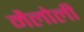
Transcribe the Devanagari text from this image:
मैलोली